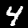
Digit: 4